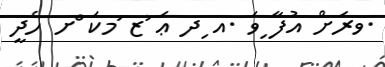
.ވރަށް އުފާ ިވަ .އ ިދ ޢަ ުޒ ަމކަ ްށ ހެދީ